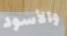
والأسود